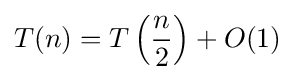
T(n)=T\left({\frac {n}{2}}\right)+O(1)